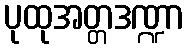
ပုထုအတ္တဒဏ္ဍာ